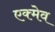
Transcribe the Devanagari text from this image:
एक्मेव